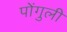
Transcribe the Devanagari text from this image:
पोंगुली